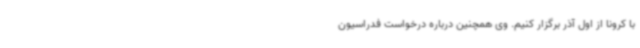
با کرونا از اول آذر برگزار کنیم. وی همچنین درباره درخواست فدراسیون